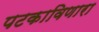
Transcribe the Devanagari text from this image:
पटकाविणारा